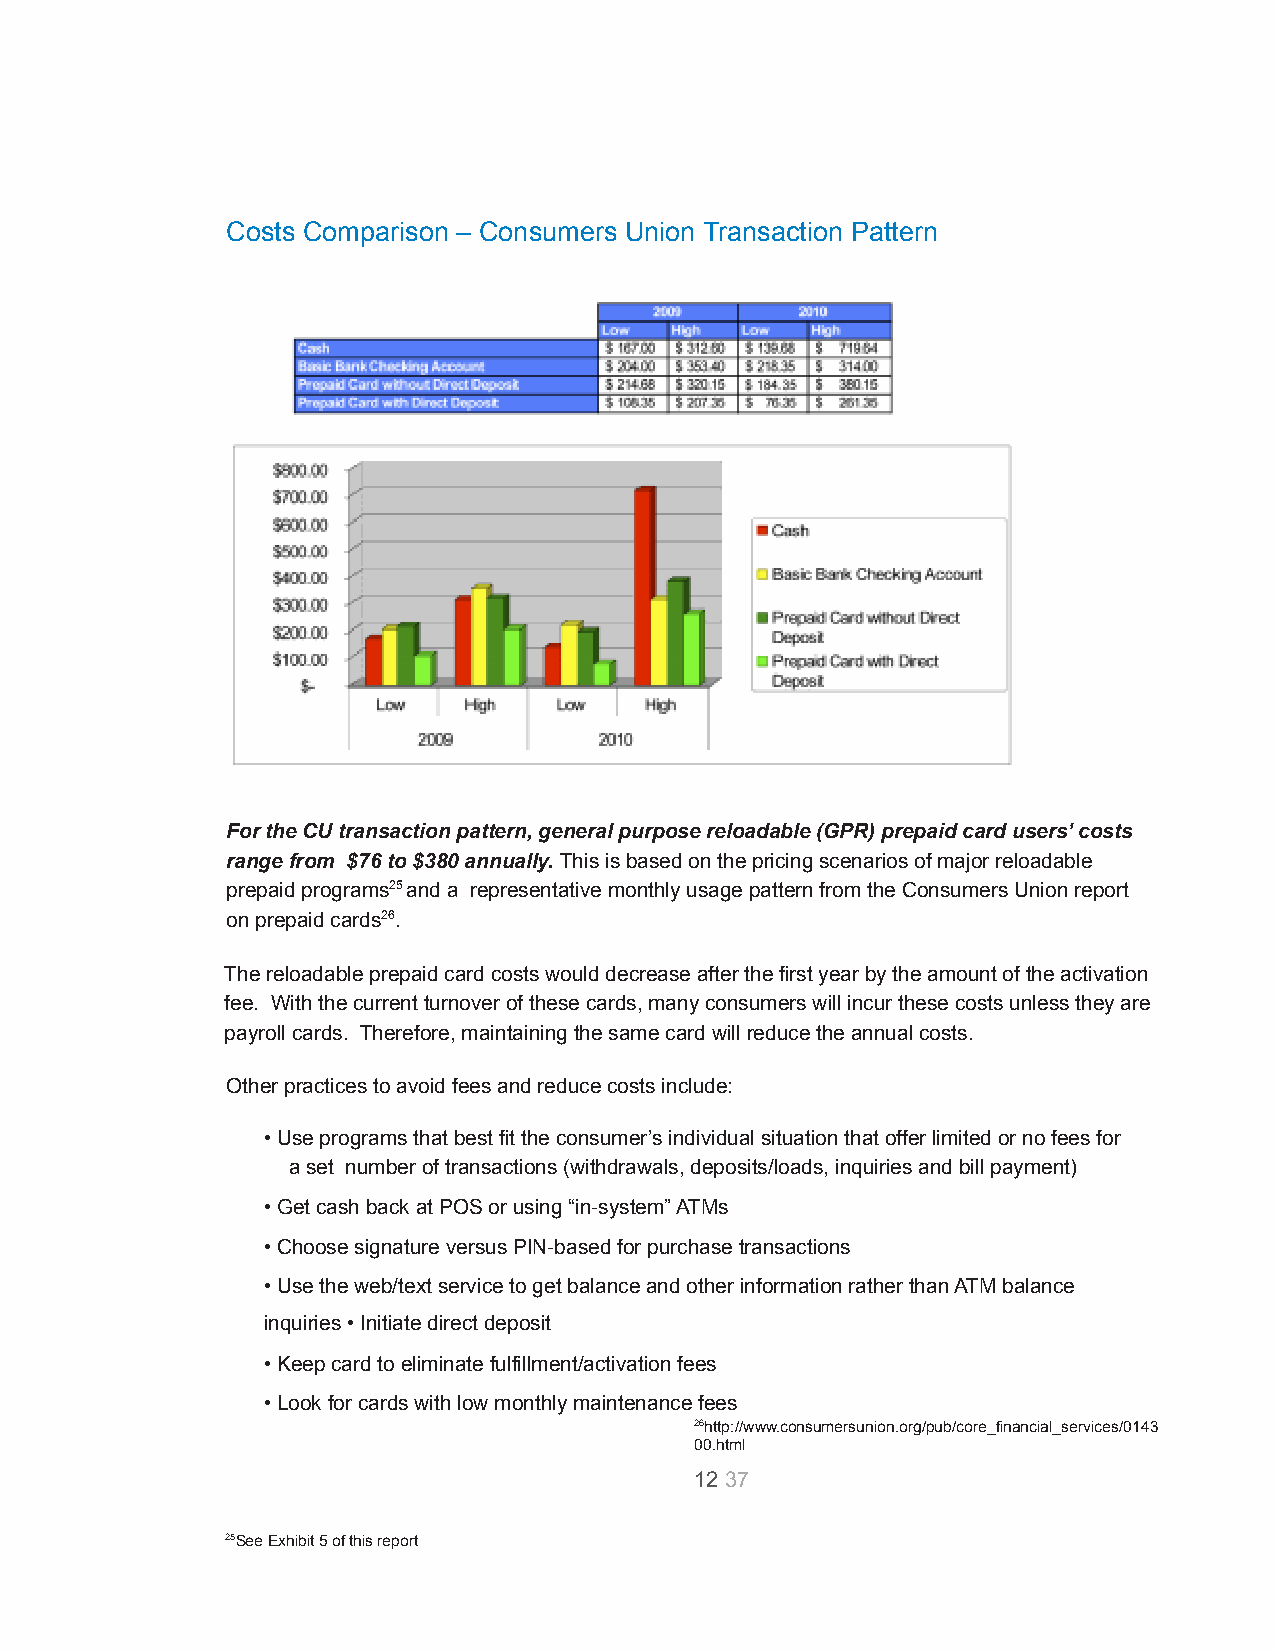
Costs Comparison – Consumers Union Transaction Pattern
 For the CU transaction pattern, general purpose reloadable(GPR) prepaid card users’ costs
 range from $76 to $380 annually.This is based onthe pricing scenarios of major reloadable
 prepaid programs25and a representative monthly usagepattern from the Consumers Union report
 on prepaid cards26.
 The reloadable prepaid card costs would decrease afterthe first year by the amount of the activation
 fee. With the current turnover of these cards, manyconsumers will incur these costs unless they are
 payroll cards. Therefore, maintaining the same cardwill reduce the annual costs.
 Other practices to avoid fees and reduce costs include:
 • Use programs that best fit the consumer’s individualsituation that offer limited or no fees for
 a set number of transactions (withdrawals, deposits/loads,inquiries and bill payment)
 • Get cash back at POS or using “in-system” ATMs
 • Choose signature versus PIN-based for purchase transactions
 • Use the web/text service to get balance and otherinformation rather than ATM balance
 inquiries • Initiate direct deposit
 • Keep card to eliminate fulfillment/activation fees
 • Look for cards with low monthly maintenance fees
 26http://www.consumersunion.org/pub/core_financial_services/0143
 00.html
 1237
 25See Exhibit 5 of this report
 RELOADABLE PREPAID CARD ANALYSIS